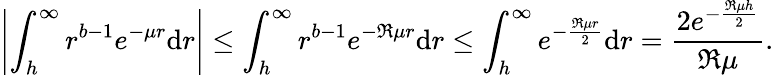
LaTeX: \left|{\int_{h}^{\infty}{{r^{b-1}}{e^{-\mu r}}\mathrm dr}}\right|\le\int_{h}^{\infty}{{r^{b-1}}{e^{-\mathfrak{R}\mu r}}\mathrm dr}\le\int_{h}^{\infty}{{e^{-{\frac{\mathfrak{R}\mu r}{2}}}}\mathrm dr}={\frac{2{e^{-{\frac{\mathfrak{R}\mu h}{2}}}}}{\mathfrak{R}\mu}}.